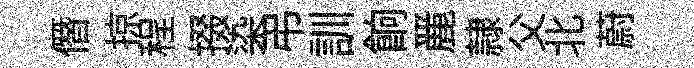
僭掠程掇染弔訓餉䴡隷父北蔚